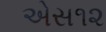
એસ૧૨